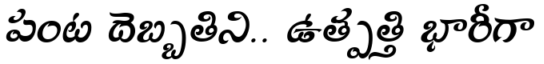
పంట దెబ్బతిని.. ఉత్పత్తి భారీగా